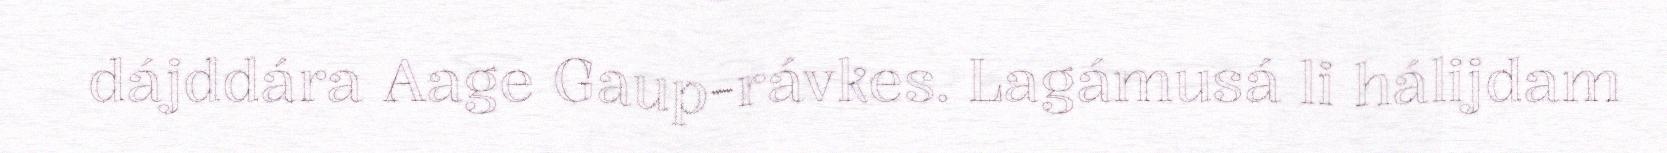
dájddára Aage Gaup-rávkes. Lagámusá li hálijdam